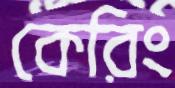
কেরিং